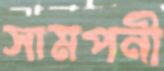
সামপনী